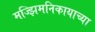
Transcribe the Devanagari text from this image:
मज्झिमनिकायाच्या